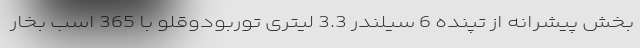
بخش پیشرانه از تپنده 6 سیلندر 3.3 لیتری توربودوقلو با 365 اسب بخار